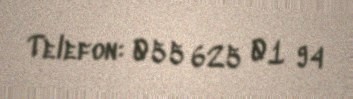
Telefon: 055 625 01 94